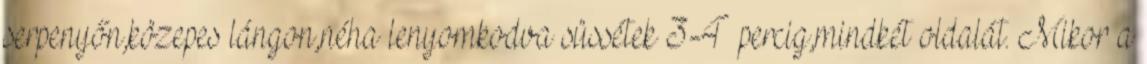
serpenyőn,közepes lángon,néha lenyomkodva süssétek 3-4 percig,mindkét oldalát. Mikor a